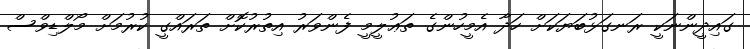
ގައިދީންނަކީ ރަނގަޅުބަޔަކަށް ހަދާ އެމީހުންގެ ތަޢުލީމީ ފެންވަރު އިތުރުކޮށް ތަރައްގީ ކުރުމަށް މޯލްޑިވްސް